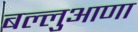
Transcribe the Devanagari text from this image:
बल्लुआणा